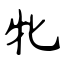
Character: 牝